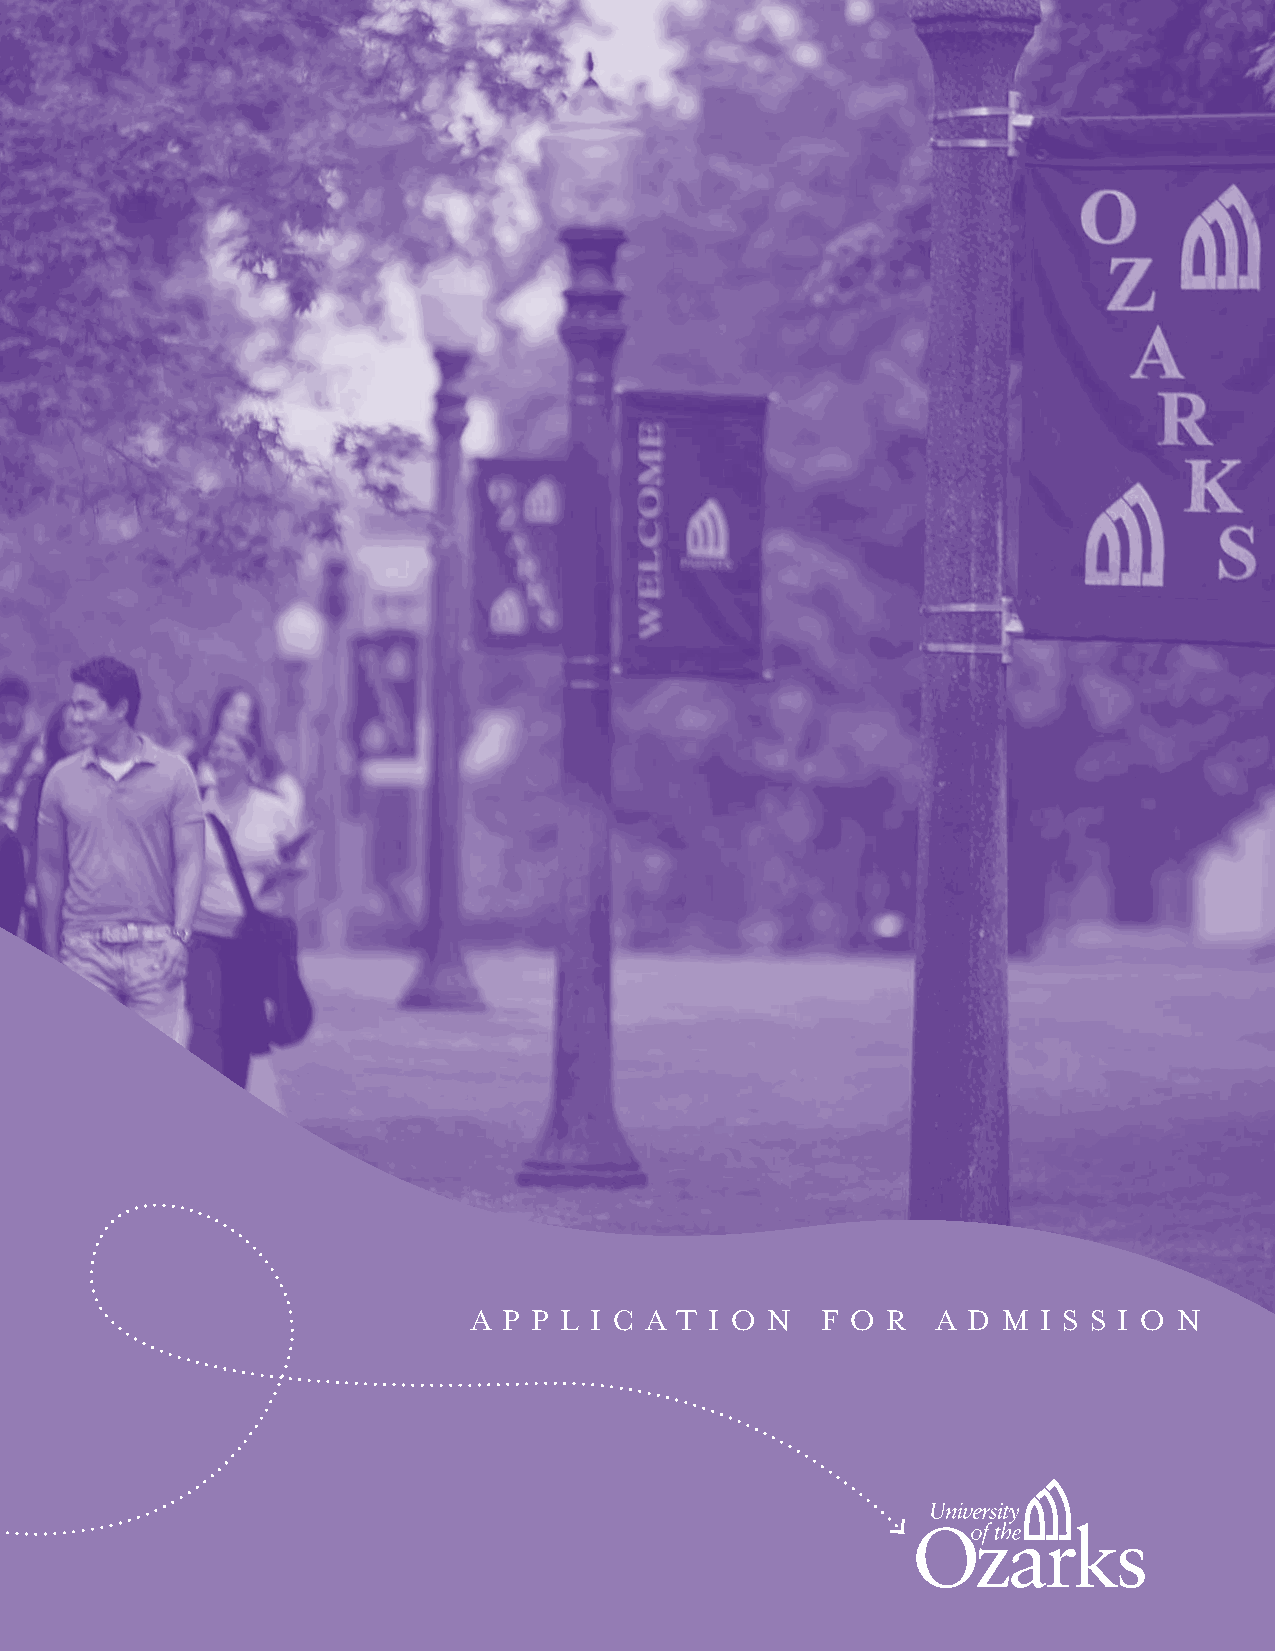
A P P L I C A T I O N  F O  R  A D M  I S S I O N